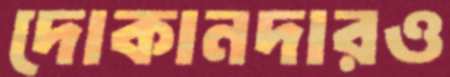
দোকানদারও